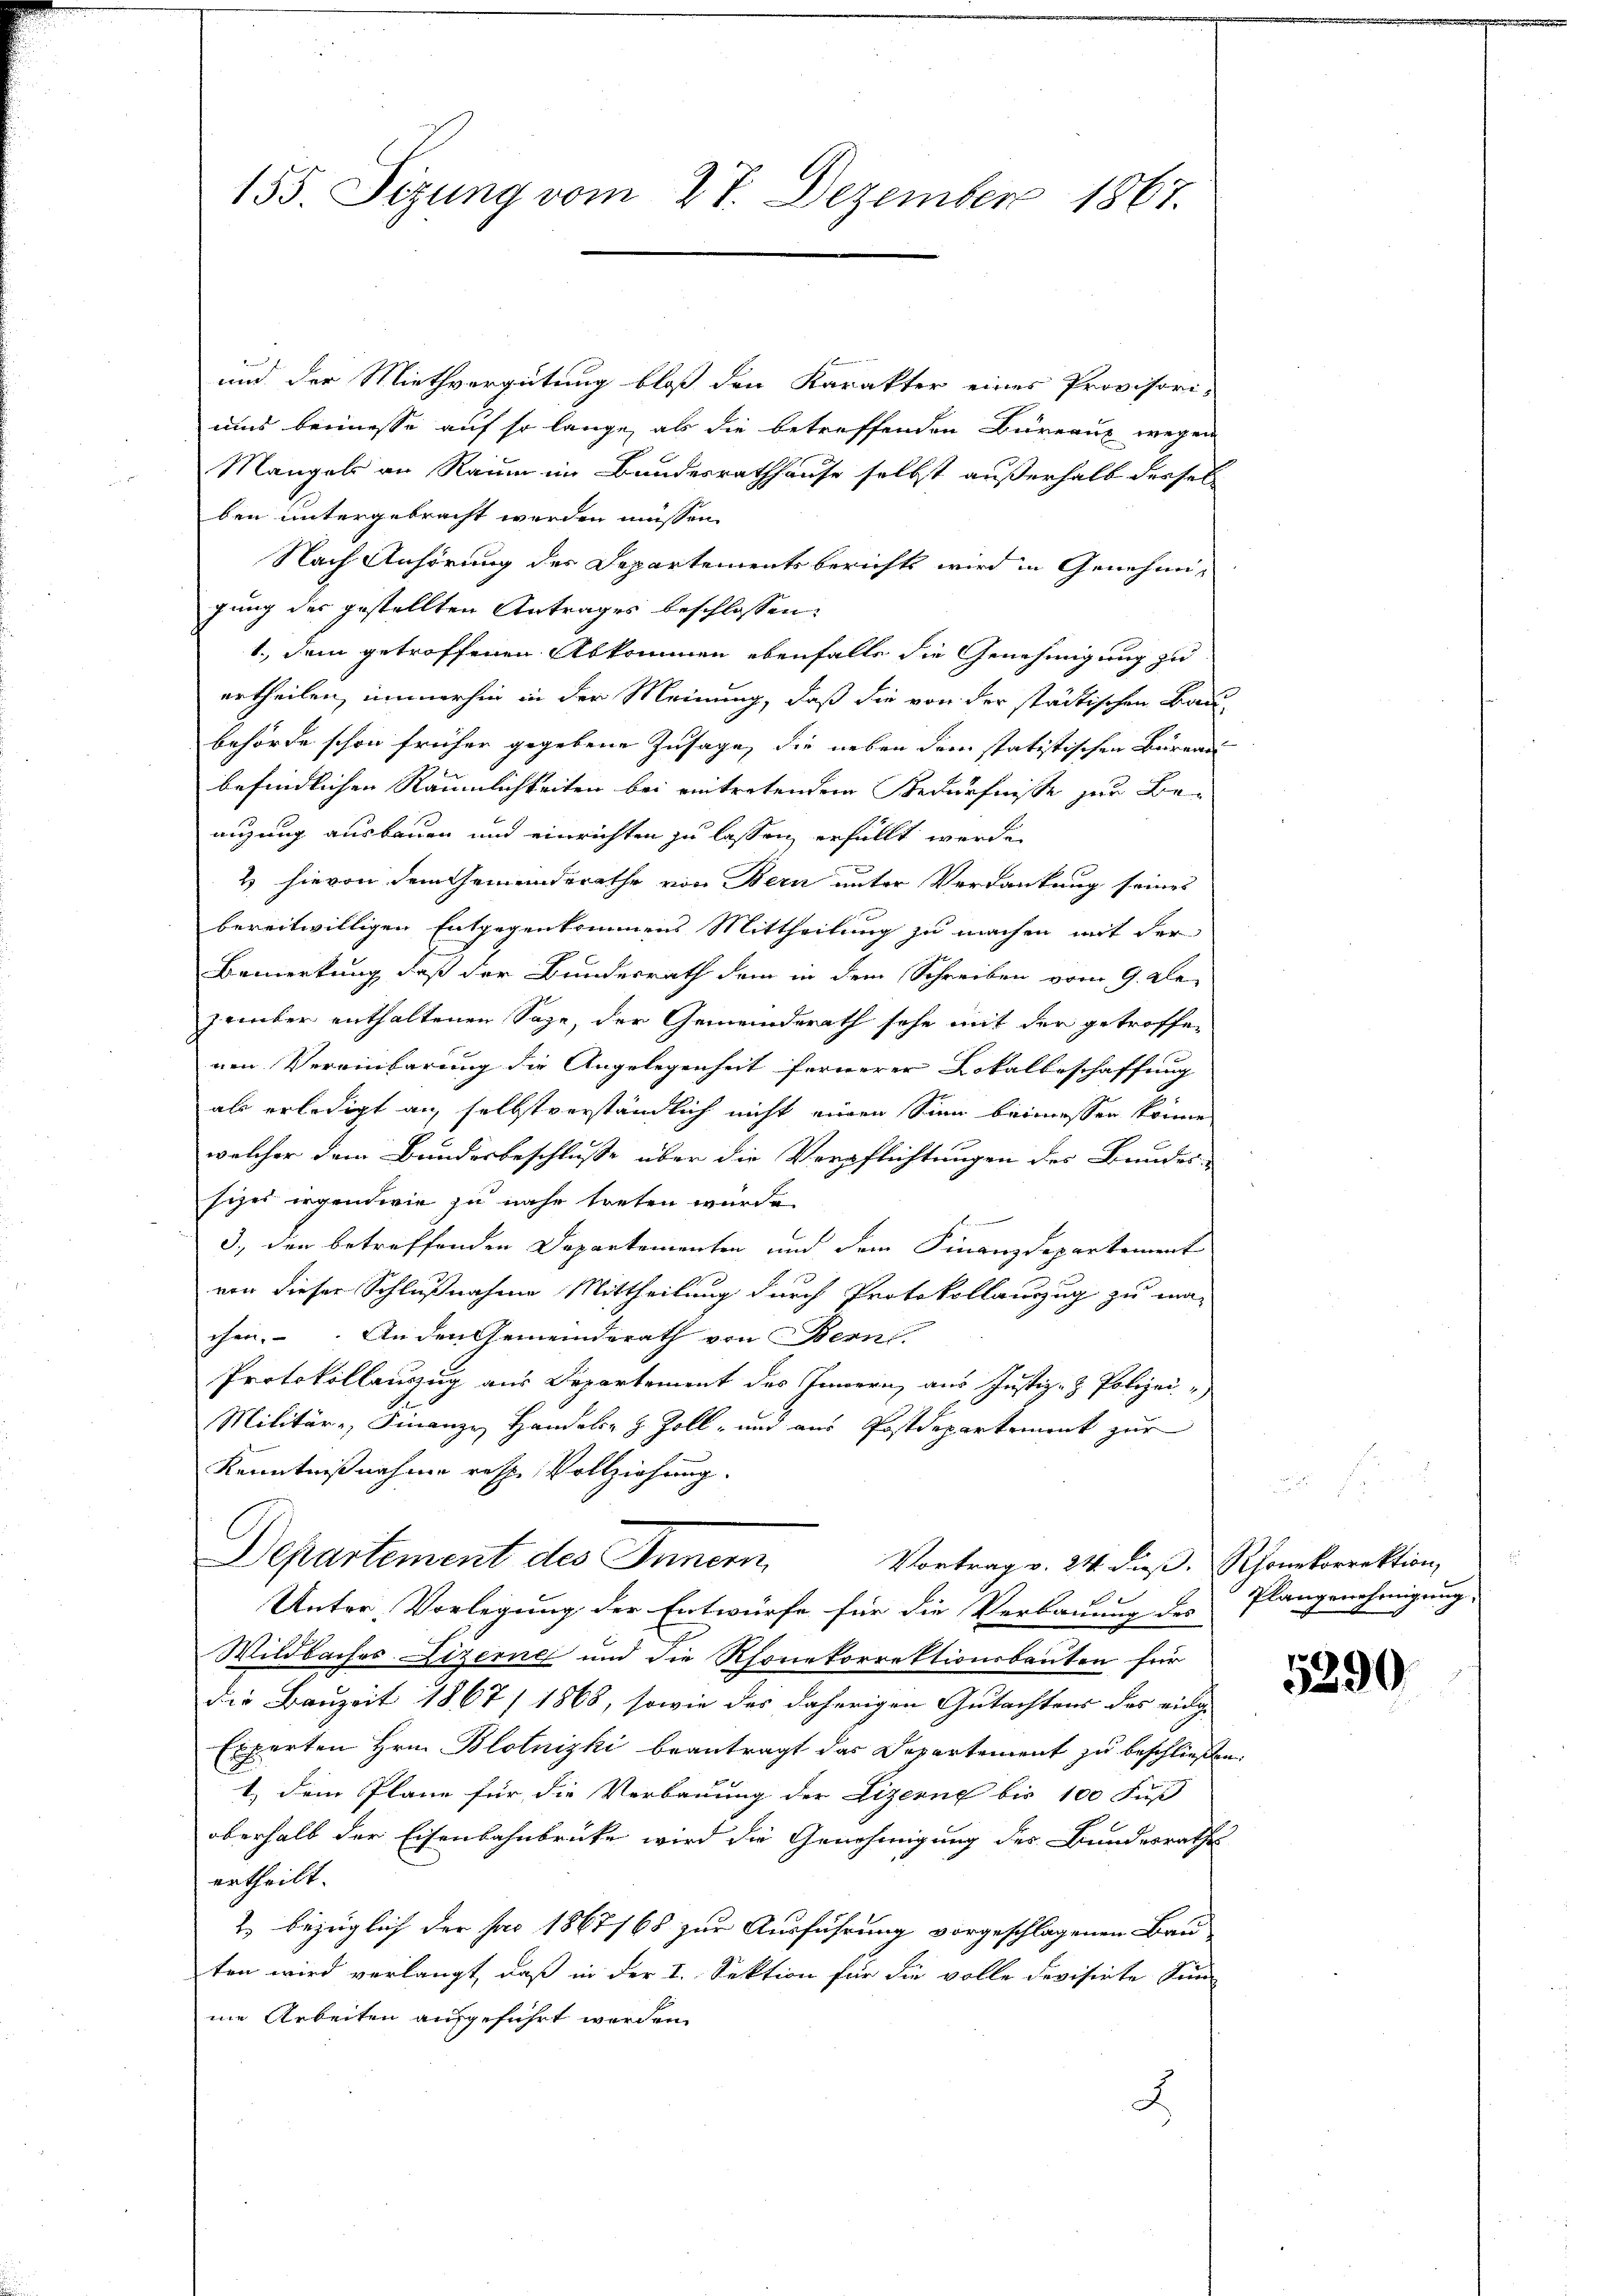
155. Sizung vom 27. Dezember 1867.

und der Miethvergütung bloß den Karakter eines Provisori-
uns beimesse auf so lange, als die betreffenden Bureaux wegen
Mangels an Raum im Bundesrathhause selbst außerhalb dessel
¬
ben untergebracht werden müssen.
Nach Anhörung der Departements berichts wird in Genehmigung des gestellten Antrages beschlossen:
1., dem getroffenen Abkommen ebenfalls die Genehmigung zu
urtheilen, immerhin in der Meinung, daß die von der städtischen Bau-
behörde schon früher gegebene Zusage, die neben dem statistischen Büreau
befindlichen Räumlichkeiten bei eintretendem Bedürfnisse zur Be-
auzung ausbauen und einrichten zu lassen erfüllt werde.
2 hievon dem Gemeindsrathe von Bern unter Verdankung seines
bereitwilligen Entgegenkommens Mittheilung zu machen mit der
Bemerkung, daß der Bundesrath dem in dem Schreiben vom 9. Ale-
zember enthaltenen Sage, der Gemeinderath sehe mit der getroffen
nen Vereinbarung die Angelegenheit fernerer Lokalbeschaffung
als erledigt auf selbstverständlich nicht einen Sinn beimessen könne.
welcher dem Bundesbeschlusse über die Verpflichtungen des Bundes-
sizer irgendwie zu nahe treten wurde.
3., den betreffenden Departementen und dem Finanzdepartement
von dieser Schlußnahme Mittheilung durch Protokollauszug zu ma-
chen. An den Gemeinderath von Bern.
Protokollanzug aus Departement des Innern aus Justiz- & Polizei
Militär-, Finanze Handels- & Zoll- und aus Postdepartement zur
Kenntnißnahme resp. Vollziehung.
Departement des Innern,
Vortrag v. 24. dieß. Rhonekorrektion,
d
Unter Vorlegung der Entwürfe für die Verbauung des
Wildbaches Lizerne und die Thonekorrektionsbauten für
die Bauzeit 1867/ 1868, sowie des daherigen Gutachtens des eidge |
Experten Hrn. Blotnizki beantragt das Departement zu beschließen
1. dem Plane für die Verbauung der Lizerne bis 100 Fuß
oberhalb der Eisenbahnbrücke wird die Genehmigung des Bundesrathe
ertheilt.
2 bezüglich der pro 1867/68 zur Ausführung vorgeschlagenen Bau
ten wird verlangt, daß in der I. Sektion für die volle Devisirte Zun
ne Arbeiten ausgeführt worden.
2

Plangenehmigung.

e

5390